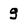
Character: 9